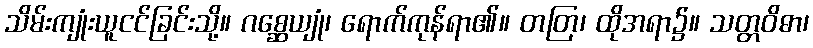
သိမ်းကျုံးယူငင်ခြင်းသို့။ ဂစ္ဆေယျုံ၊ ရောက်ကုန်ရာ၏။ တတြ၊ ထိုအရာ၌။ သတ္တဝိဓာ၊